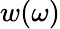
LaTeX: w(\omega)